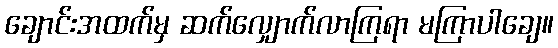
ချောင်းအထက်မှ ဆက်လျှောက်လာကြရာ မကြာပါချေ။